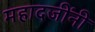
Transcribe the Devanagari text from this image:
महादजींनी